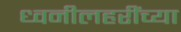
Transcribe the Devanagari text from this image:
ध्वनीलहरींच्या